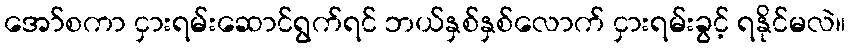
အော်စကာ ငှားရမ်းဆောင်ရွက်ရင် ဘယ်နှစ်နှစ်လောက် ငှားရမ်းခွင့် ရနိုင်မလဲ။